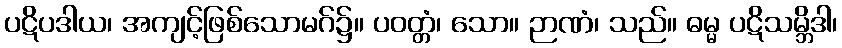
ပဋိပဒါယ၊ အကျင့်ဖြစ်သောမဂ်၌။ ပဝတ္တံ၊ သော။ ဉာဏံ၊ သည်။ ဓမ္မ ပဋိသမ္ဘိဒါ၊